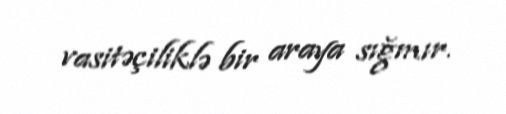
vasitəçiliklə bir araya sığmır.